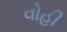
વોહી